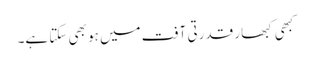
کبھی کبھار قدرتی آفت میں ہو بھی سکتا ہے۔